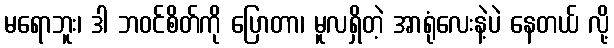
မရောဘူး၊ ဒါ ဘဝင်စိတ်ကို ပြောတာ၊ မူလရှိတဲ့ အာရုံလေးနဲ့ပဲ နေတယ် လို့